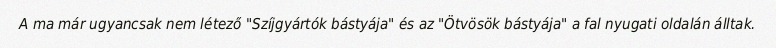
A ma már ugyancsak nem létező "Szíjgyártók bástyája" és az "Ötvösök bástyája" a fal nyugati oldalán álltak.